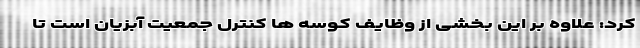
کرد: علاوه بر این بخشی از وظایف کوسه ها کنترل جمعیت آبزیان است تا